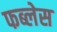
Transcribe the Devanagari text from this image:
फब्लेस